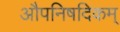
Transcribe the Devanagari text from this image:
औपनिषदिकम्